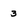
Character: 3